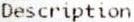
DESCRIPTION